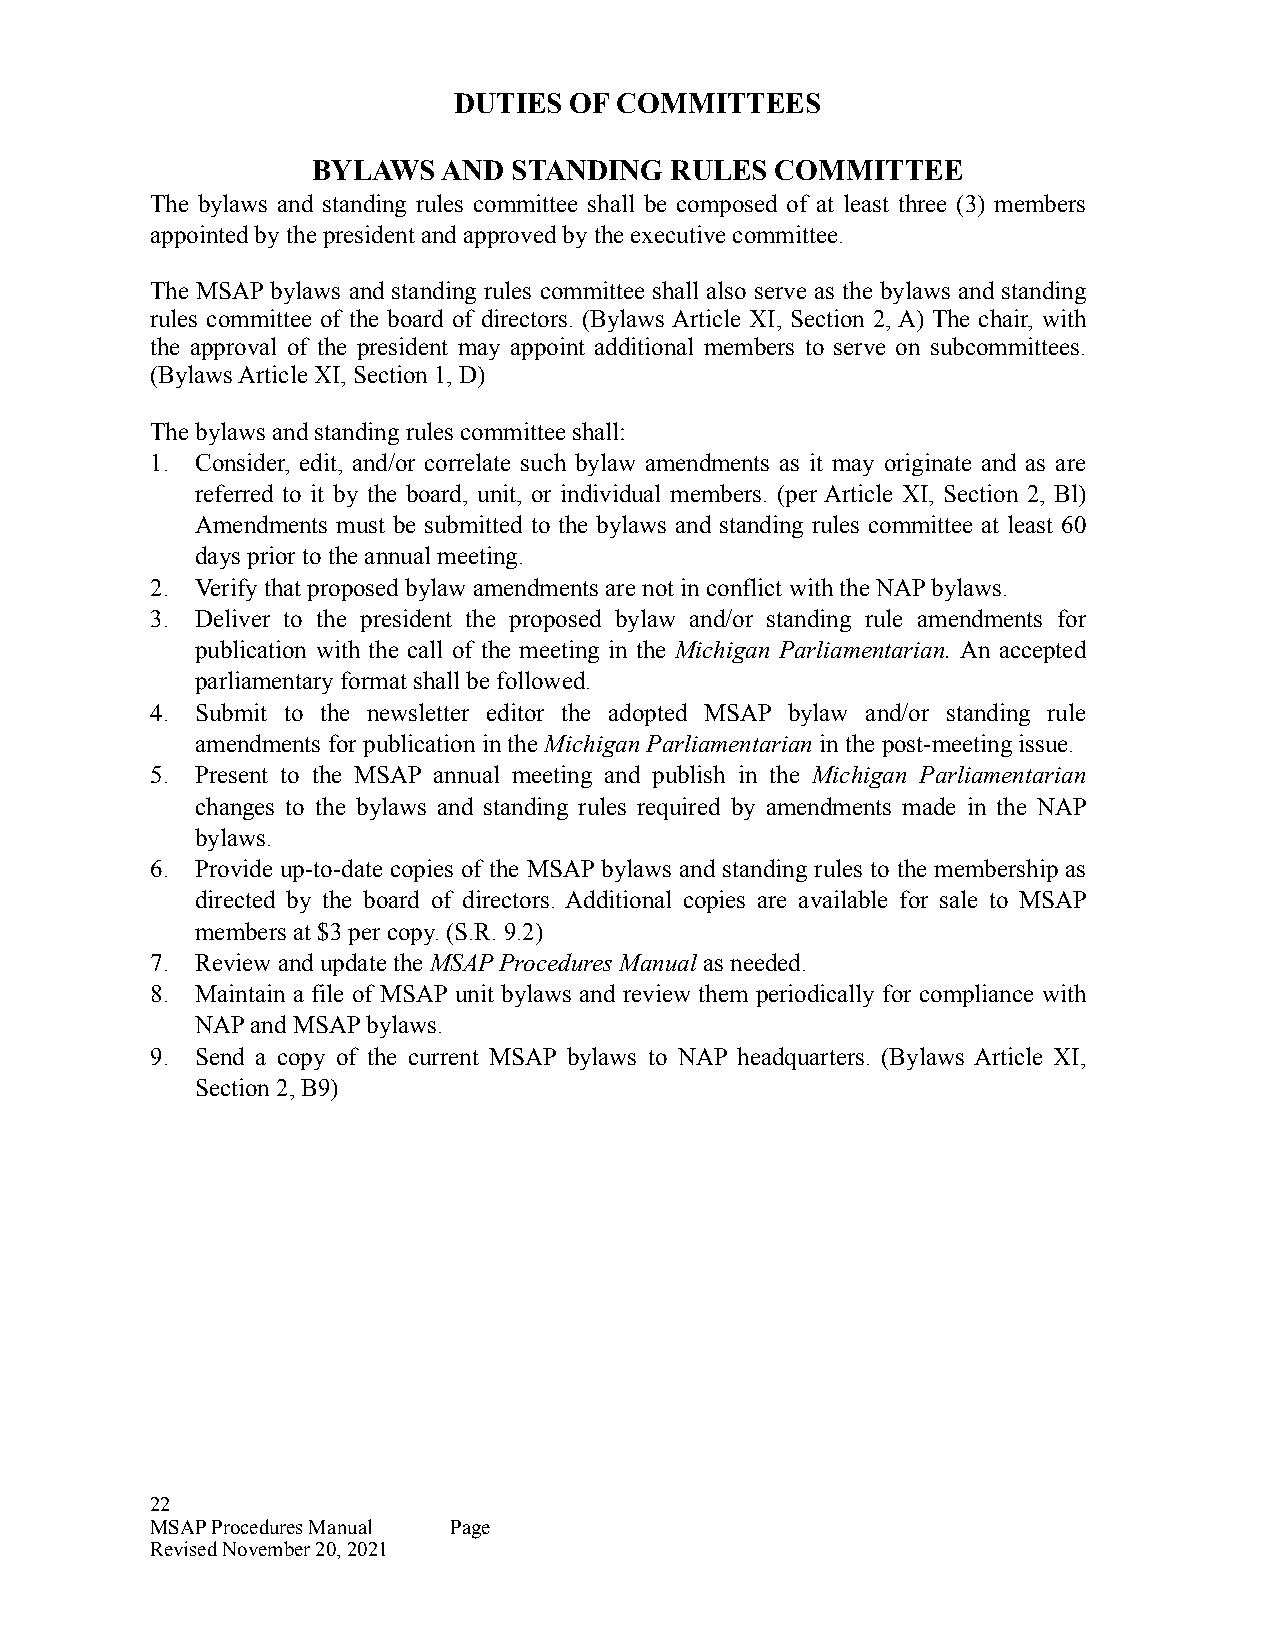
DUTIES  OF COMMITTEES
 BYLAWS  AND  STANDING  RULES  COMMITTEE
 The bylaws and standing rules committee shall be composed of at least three (3) members
 appointed by the president and approved by the executive committee.
 The MSAP bylaws and standing rules committee shall also serve as the bylaws and standing
 rules committee of the board of directors. (Bylaws Article XI, Section 2, A) The chair, with
 the approval of the president may appoint additional members to serve on subcommittees.
 (Bylaws Article XI, Section 1, D)
 The bylaws and standing rules committee shall:
 1. Consider, edit, and/or correlate such bylaw amendments as it may originate and as are
 referred to it by the board, unit, or individual members. (per Article XI, Section 2, Bl)
 Amendments must be submitted to the bylaws and standing rules committee at least 60
 days prior to the annual meeting.
 2. Verify that proposed bylaw amendments are not in conflict with the NAP bylaws.
 3. Deliver to the president the proposed bylaw and/or standing rule amendments for
 publication with the call of the meeting in the Michigan Parliamentarian. An accepted
 parliamentary format shall be followed.
 4. Submit to the newsletter editor the adopted MSAP bylaw and/or standing rule
 amendments for publication in the Michigan Parliamentarian in the post-meeting issue.
 5. Present to the MSAP annual meeting and publish in the Michigan Parliamentarian
 changes to the bylaws and standing rules required by amendments made in the NAP
 bylaws.
 6. Provide up-to-date copies of the MSAP bylaws and standing rules to the membership as
 directed by the board of directors. Additional copies are available for sale to MSAP
 members at $3 per copy. (S.R. 9.2)
 7. Review and update the MSAP Procedures Manual as needed.
 8. Maintain a file of MSAP unit bylaws and review them periodically for compliance with
 NAP and MSAP bylaws.
 9. Send a copy of the current MSAP bylaws to NAP headquarters. (Bylaws Article XI,
 Section 2, B9)
 22
 MSAP Procedures Manual Page
 Revised November 20, 2021